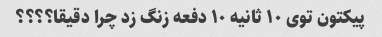
پیکتون توى ١٠ ثانیه ١٠ دفعه زنگ زد چرا دقیقا؟؟؟؟